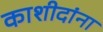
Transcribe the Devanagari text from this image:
काशीदांना